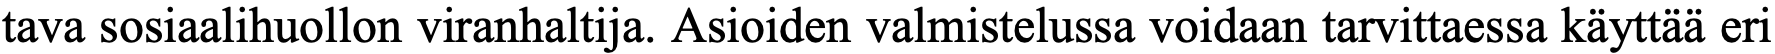
tava sosiaalihuollon viranhaltija. Asioiden valmistelussa voidaan tarvittaessa käyttää eri